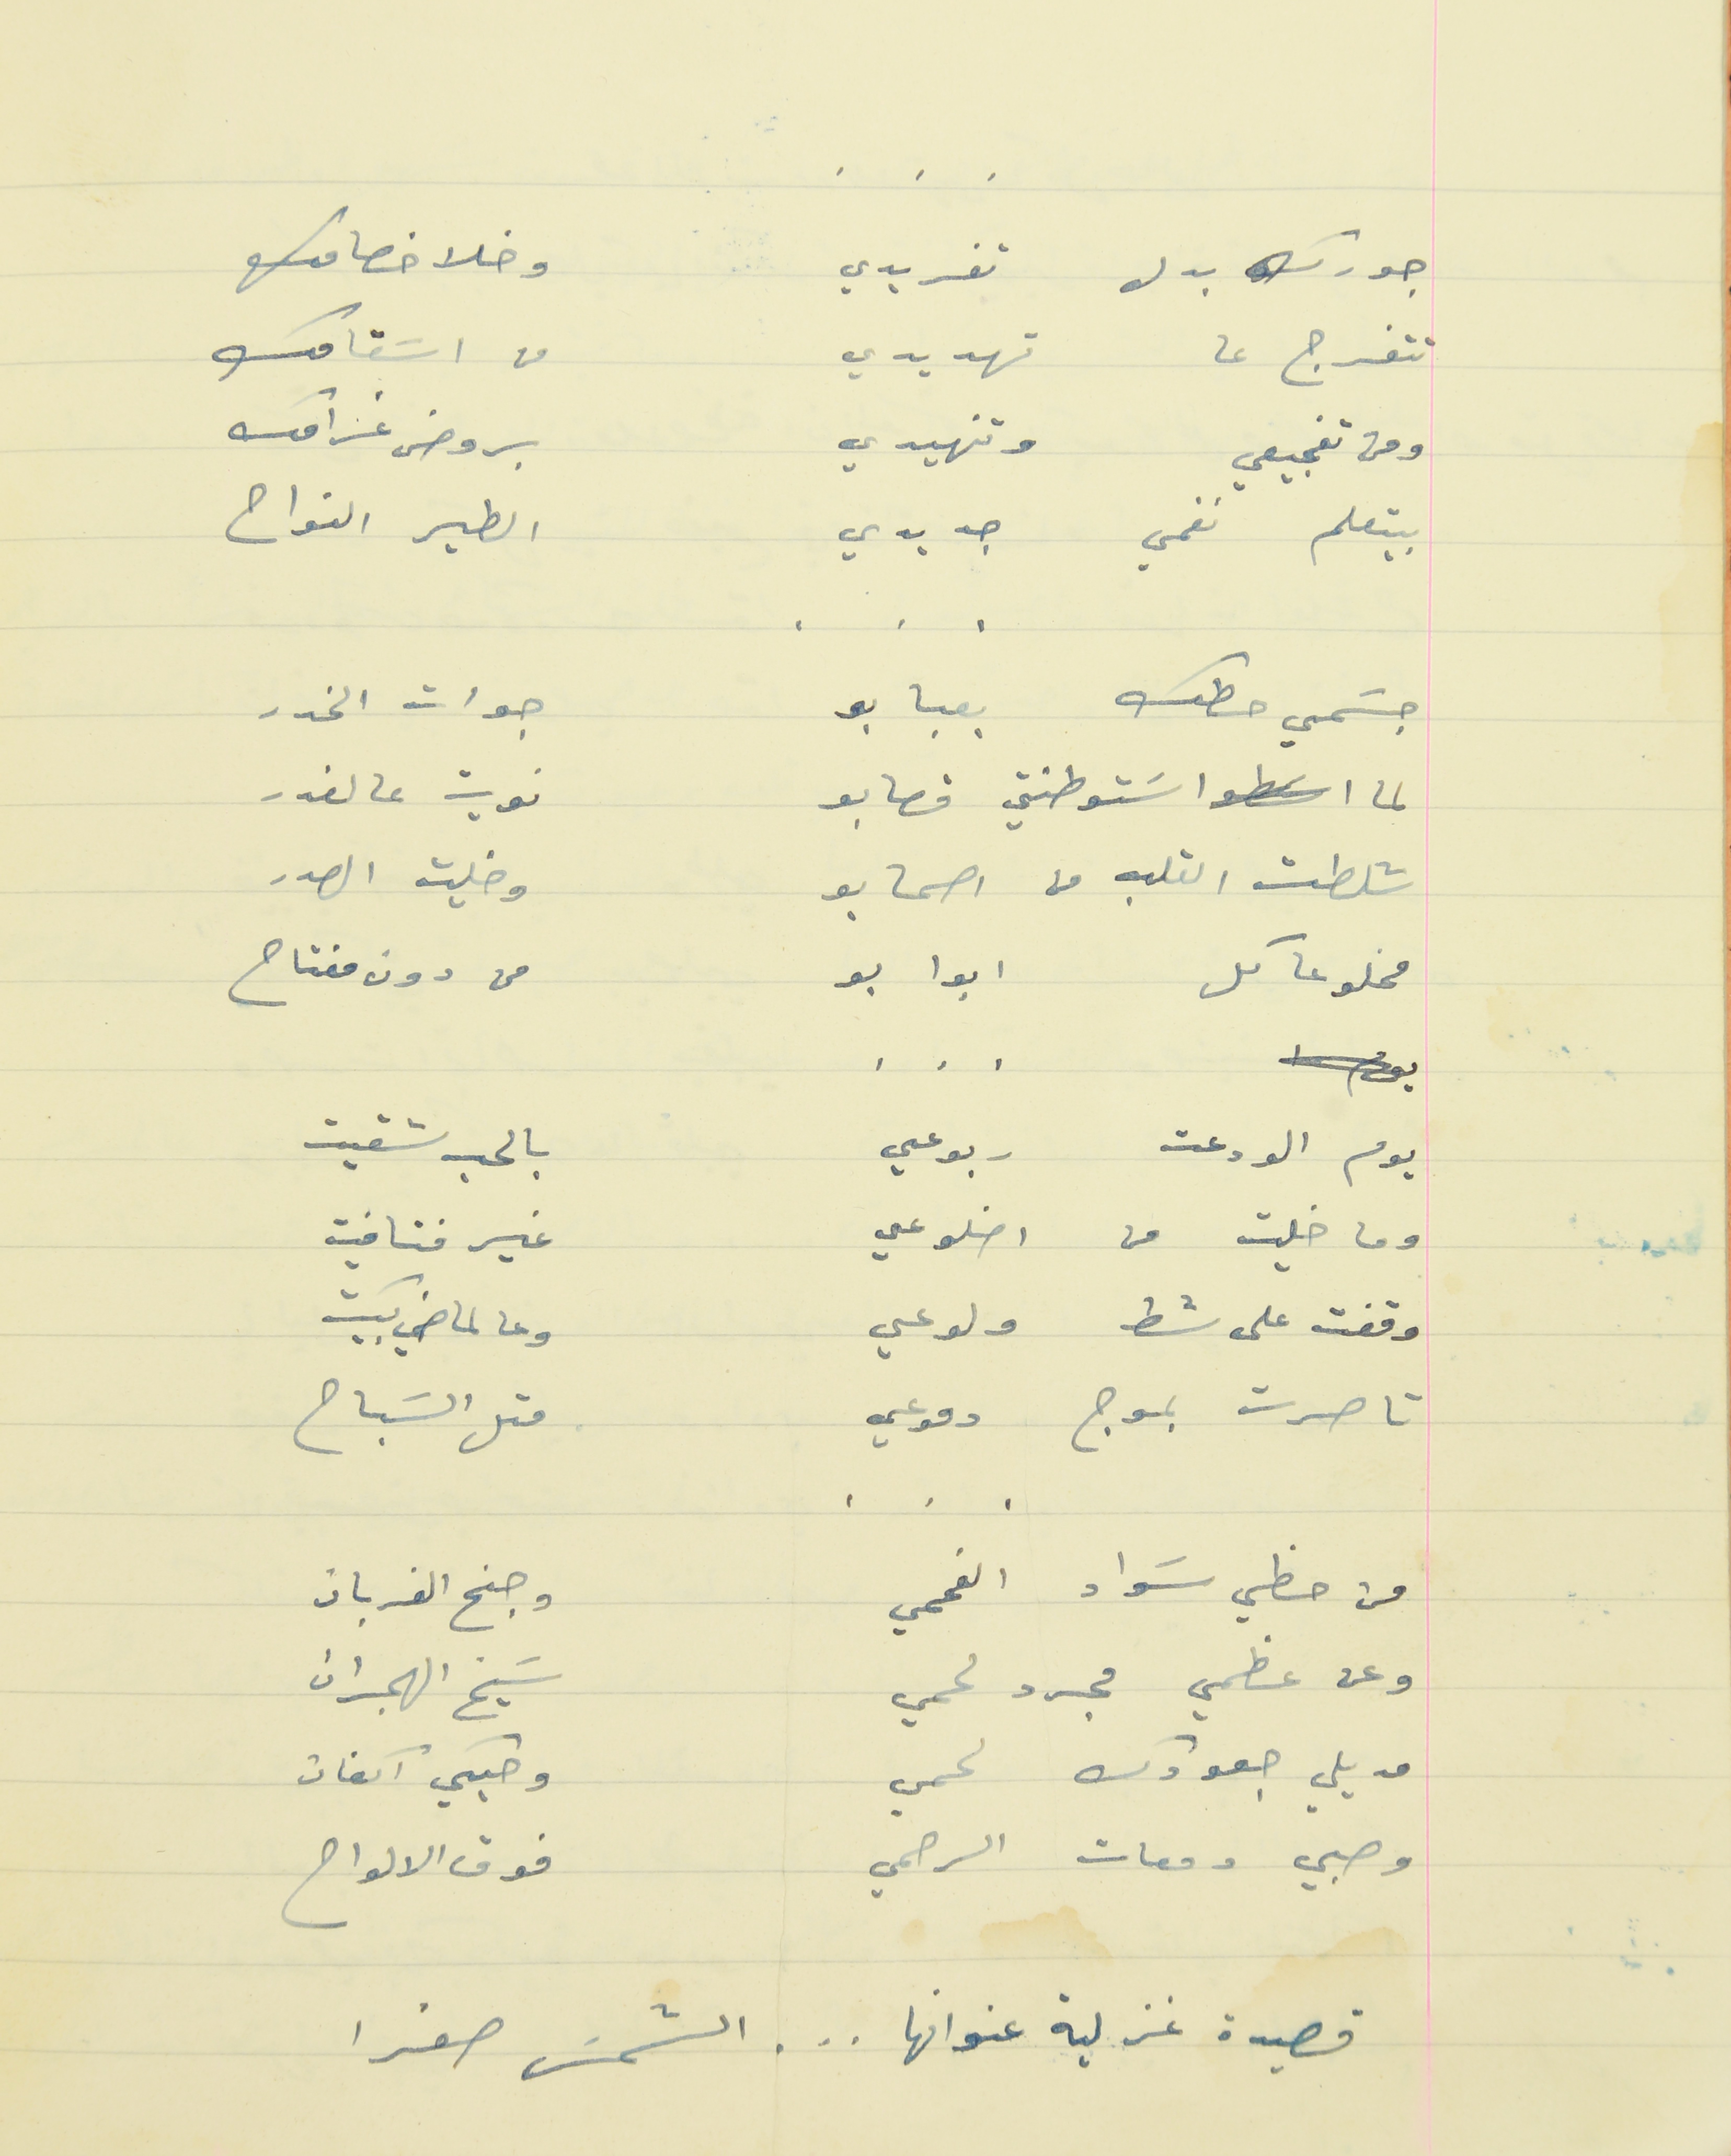
جورك بدل تغريدي                                     وخلا خصامك
تتفرج عا تهديدي                                         من اسَقامك
ومن تفجيعي   وتنهيدي                                  بروض غرامك
بيتعلم نغمي جديدي                                       الطير النواح
جسَمي حطك بعبابو                                 جوات الخدر
لما اسَتوطنتي قصابو                                       نويت عالغدر
 شلطت القلب من اصحابو                                  وخليت الصدر
مخلوعا كل ابوابو                                         من دون مفتاح
      .    .    .
يوم الودعت    ربوعي                                         بالحب شقيت
وما خليت من اضلوعي                                       غير فتافيت
وقفت على شط ولوعي                                      وعالماضي بكيت
تاصرت بموج دموعي                                  متل السَباح
من حظي سَواد الفحمي                                    وجنح الغربان
وعن عظمي مجرد لحمي                                  سَيخ الهجران
مديلي جعودك لحمي                                    وحبكي اكفان
وصبي دمعات الرحمي                                  فوق الالواح
قصيدة غزلية عنوانها  .  .  .  الشمسَ صفرا
    .    .    .
    .    .    .
    .    .    .